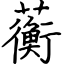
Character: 蘅